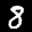
Label: 8